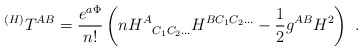
\begin{align*}^{(H)}T^{AB} = {e^{a\Phi} \over n!} \left( n H^A_{~~C_1C_2\ldots}H^{BC_1C_2\ldots} - {1\over2} g^{AB} H^2 \right) \ .\end{align*}